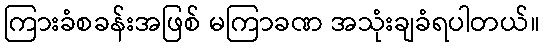
ကြားခံစခန်းအဖြစ် မကြာခဏ အသုံးချခံရပါတယ်။